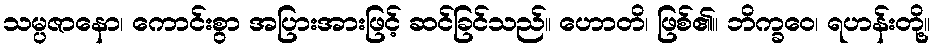
သမ္ပဇာနော၊ ကောင်းစွာ အပြားအားဖြင့် ဆင်ခြင်သည်။ ဟောတိ၊ ဖြစ်၏။ ဘိက္ခဝေ၊ ရဟန်းတို့။